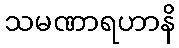
သမဏာရဟာနိ